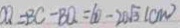
C O = B C - B O = 6 0 - 2 0 \sqrt { 3 } ( c m )